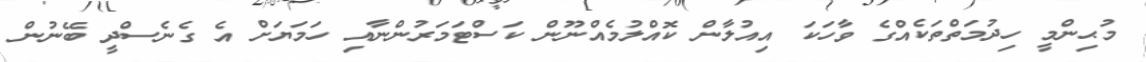
މުޙިންމީ ހިދުމަތްތަކެއްގެ ވާހަކަ އިއުލާން ކޮއްލުމެއްނޫން ކަސްޓަމަރުންނާއި ހަމަޔަށް އެ ގެނެސްދީ ބޭނުން